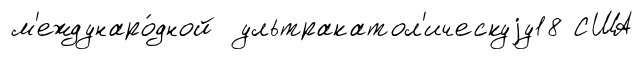
м'еждунаро́дной ультракатол'ическуjу18 США